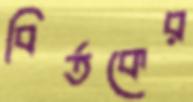
বির্তকের